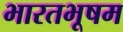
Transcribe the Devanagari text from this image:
भारतभूषम